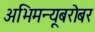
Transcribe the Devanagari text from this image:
अभिमन्यूबरोबर